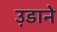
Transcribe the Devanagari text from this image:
उ़डाने